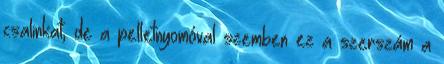
csalinkat, de a pelletnyomóval szemben ez a szerszám a